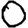
Digit: 0